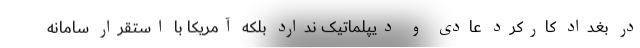
در بغداد کارکرد عادی و دیپلماتیک ندارد بلکه آمریکا با استقرار سامانه